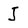
Character: J